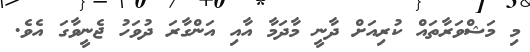
މި މަޝްވަރާތައް ކުރިއަށް ދާނީ މާދަމާ އާއި އަންގާރަ ދުވަހު ޖެނީވާގަ އެވެ.